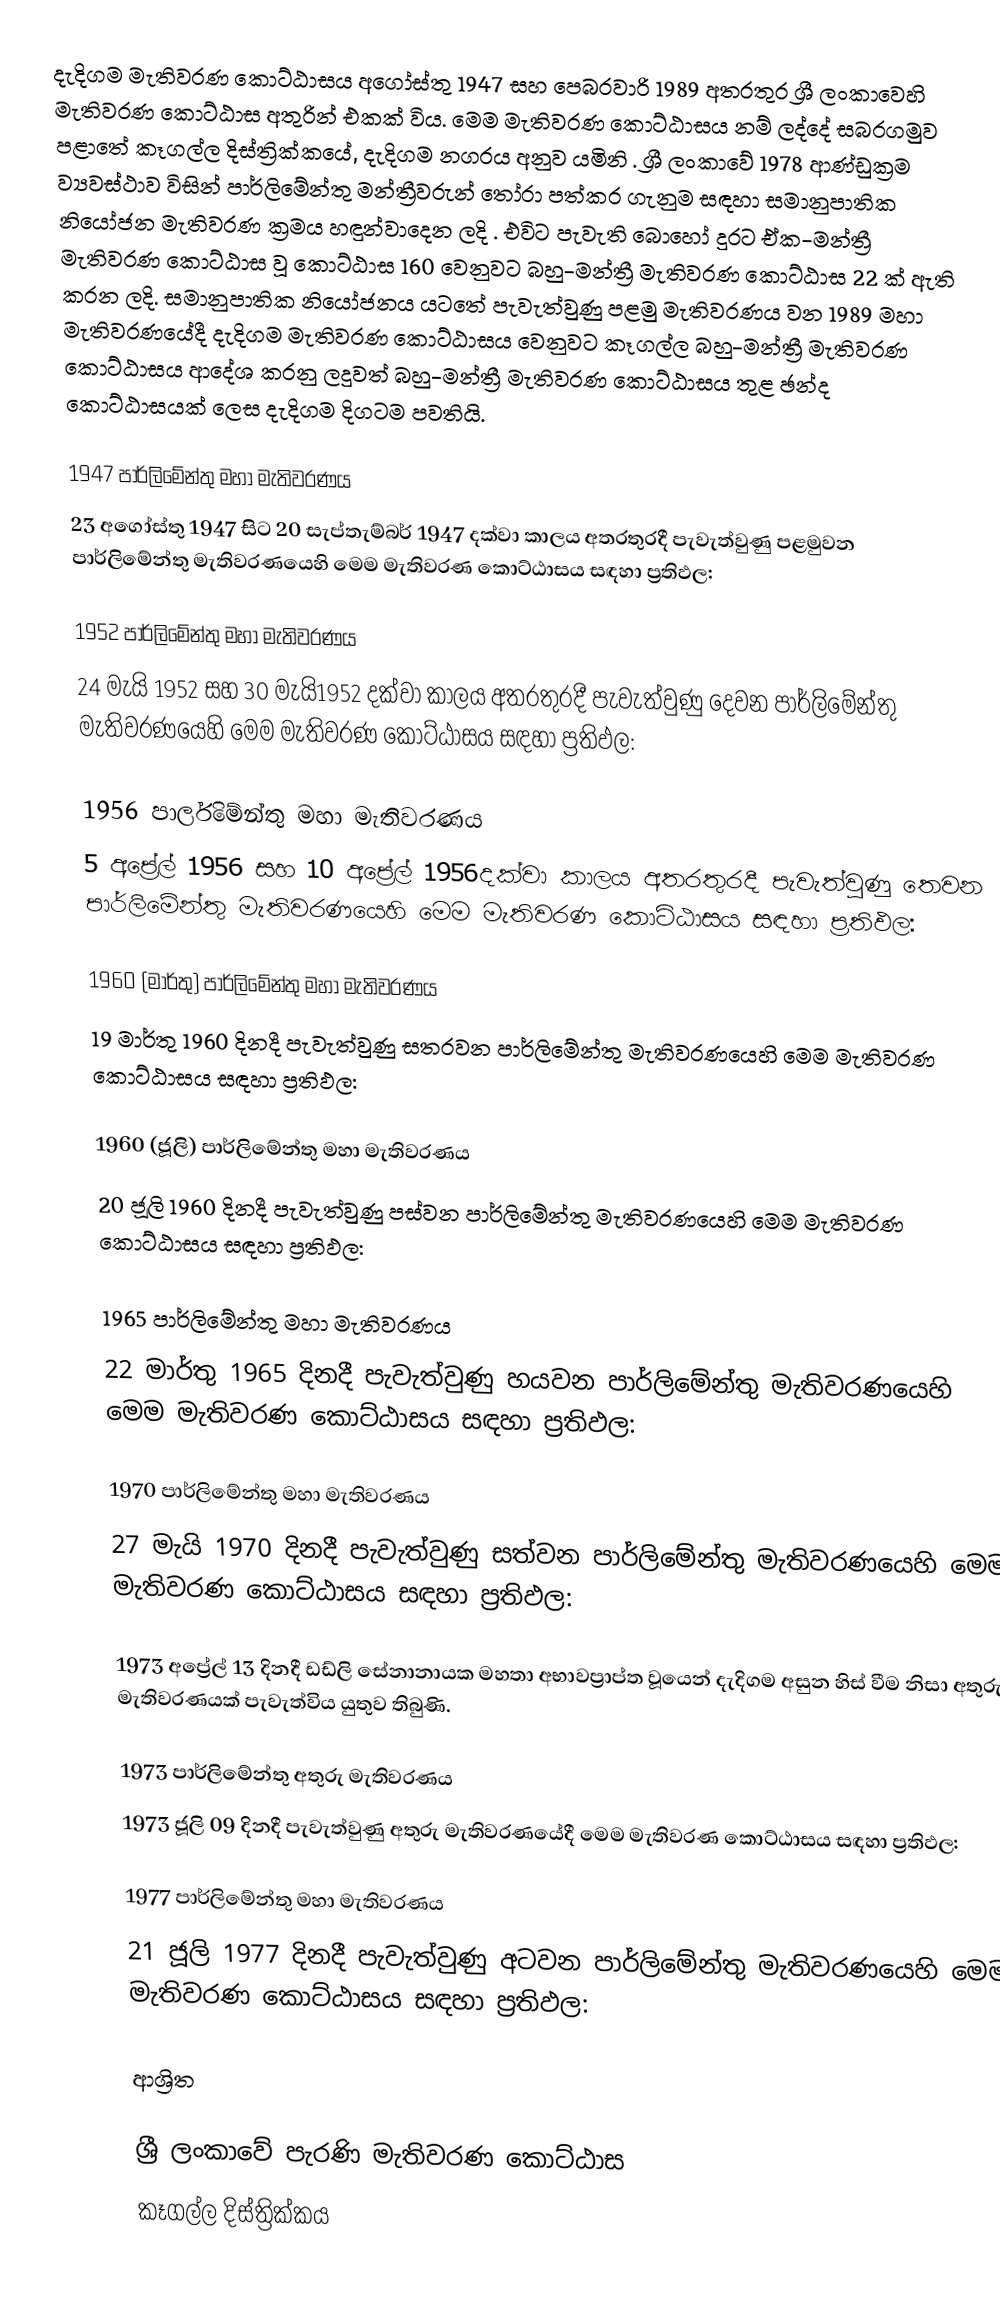
දැදිගම මැතිවරණ කොට්ඨාසය  අගෝස්තු 1947 සහ පෙබරවාරි 1989 අතරතුර  ශ්‍රී ලංකාවෙහි  මැතිවරණ කොට්ඨාස අතුරින් එකක් විය. මෙම මැතිවරණ කොට්ඨාසය නම් ලද්දේ  සබරගමුව පළාතේ  කෑගල්ල  දිස්ත්‍රික්කයේ,  දැදිගම නගරය අනුව යමිනි . ශ්‍රී ලංකාවේ 1978 ආණ්ඩුක්‍රම ව්‍යවස්ථාව විසින්   පාර්ලිමේන්තු මන්ත්‍රීවරුන් තෝරා පත්කර ගැනුම සඳහා සමානුපාතික නියෝජන මැතිවරණ ක්‍රමය හඳුන්වාදෙන ලදි . එවිට පැවැති බොහෝ දුරට  ඒක-මන්ත්‍රී මැතිවරණ කොට්ඨාස වූ කොට්ඨාස 160 වෙනුවට බහු-මන්ත්‍රී මැතිවරණ කොට්ඨාස 22 ක් ඇති කරන ලදි. සමානුපාතික නියෝජනය යටතේ පැවැත්වුණු පළමු මැතිවරණය වන 1989 මහා මැතිවරණයේදී  දැදිගම මැතිවරණ කොට්ඨාසය වෙනුවට  කෑගල්ල  බහු-මන්ත්‍රී මැතිවරණ කොට්ඨාසය  ආදේශ කරනු ලදුවත් බහු-මන්ත්‍රී මැතිවරණ කොට්ඨාසය තුළ ඡන්ද කොට්ඨාසයක් ලෙස දැදිගම දිගටම පවතියි.

1947 පාර්ලිමේන්තු මහා මැතිවරණය
23 අගෝස්තු 1947 සිට 20 සැප්තැම්බර් 1947 දක්වා කාලය අතරතුරදී පැවැත්වුණු  පළමුවන පාර්ලිමේන්තු මැතිවරණයෙහි මෙම මැතිවරණ කොට්ඨාසය සඳහා ප්‍රතිඵල:

1952 පාර්ලිමේන්තු මහා මැතිවරණය
24 මැයි 1952 සහ 30 මැයි1952 දක්වා කාලය අතරතුරදී පැවැත්වුණු  දෙවන පාර්ලිමේන්තු මැතිවරණයෙහි මෙම මැතිවරණ කොට්ඨාසය සඳහා ප්‍රතිඵල:

1956 පාර්ලිමේන්තු මහා මැතිවරණය
5 අප්‍රේල් 1956 සහ 10 අප්‍රේල් 1956දක්වා කාලය අතරතුරදී පැවැත්වුණු  තෙවන පාර්ලිමේන්තු මැතිවරණයෙහි මෙම මැතිවරණ කොට්ඨාසය සඳහා ප්‍රතිඵල:

1960 (මාර්තු) පාර්ලිමේන්තු මහා මැතිවරණය
19 මාර්තු 1960 දිනදී පැවැත්වුණු  සතරවන පාර්ලිමේන්තු මැතිවරණයෙහි මෙම මැතිවරණ කොට්ඨාසය සඳහා ප්‍රතිඵල:

1960 (ජූලි) පාර්ලිමේන්තු මහා මැතිවරණය
20 ජූලි 1960 දිනදී පැවැත්වුණු  පස්වන පාර්ලිමේන්තු මැතිවරණයෙහි මෙම මැතිවරණ කොට්ඨාසය සඳහා ප්‍රතිඵල:

1965 පාර්ලිමේන්තු මහා මැතිවරණය
22 මාර්තු 1965  දිනදී පැවැත්වුණු  හයවන පාර්ලිමේන්තු මැතිවරණයෙහි මෙම මැතිවරණ කොට්ඨාසය සඳහා ප්‍රතිඵල:

1970 පාර්ලිමේන්තු මහා මැතිවරණය
27 මැයි 1970 දිනදී පැවැත්වුණු  සත්වන පාර්ලිමේන්තු මැතිවරණයෙහි මෙම මැතිවරණ කොට්ඨාසය සඳහා ප්‍රතිඵල:

1973 අප්‍රේල් 13 දිනදී ඩඩ්ලි සේනානායක මහතා අභාවප්‍රාප්ත වූයෙන් දැදිගම අසුන හිස් වීම නිසා අතුරු මැතිවරණයක් පැවැත්විය යුතුව තිබුණි.

1973 පාර්ලිමේන්තු  අතුරු මැතිවරණය
1973 ජූලි 09  දිනදී පැවැත්වුණු  අතුරු මැතිවරණයේදී  මෙම මැතිවරණ කොට්ඨාසය සඳහා ප්‍රතිඵල:

1977 පාර්ලිමේන්තු මහා මැතිවරණය
21 ජූලි 1977 දිනදී පැවැත්වුණු  අටවන පාර්ලිමේන්තු මැතිවරණයෙහි මෙම මැතිවරණ කොට්ඨාසය සඳහා ප්‍රතිඵල:

ආශ්‍රිත

ශ්‍රී ලංකාවේ පැරණි මැතිවරණ කොට්ඨාස
 කෑගල්ල දිස්ත්‍රික්කය